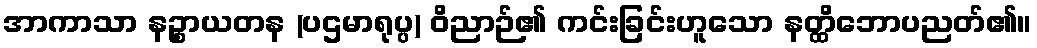
အာကာသာ နဉ္စာယတန (ပဌမာရုပ္ပ) ဝိညာဉ်၏ ကင်းခြင်းဟူသော နတ္ထိဘောပညတ်၏။